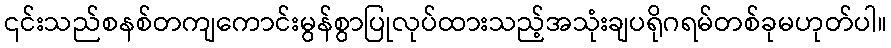
၎င်းသည်စနစ်တကျကောင်းမွန်စွာပြုလုပ်ထားသည့်အသုံးချပရိုဂရမ်တစ်ခုမဟုတ်ပါ။